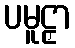
ပမူဠှာ